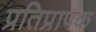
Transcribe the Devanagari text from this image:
प्रतिप्रापक